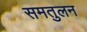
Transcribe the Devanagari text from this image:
समतुलन